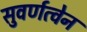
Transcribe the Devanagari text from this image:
सुवर्णत्वेन